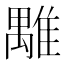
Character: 𩀍